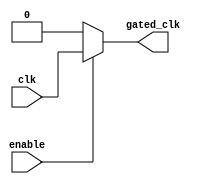
module clock_gating_cell (
    input wire clk,          // Global clock
    input wire enable,       // Gating control signal
    output wire gated_clk    // Gated clock output
);
    assign gated_clk = enable ? clk : 1'b0; // Pass through clock if enabled, else block it
endmodule